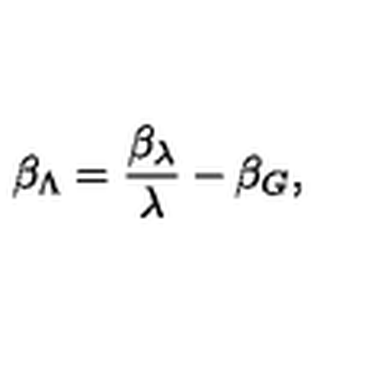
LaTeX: \beta _ { \Lambda } = \frac { \beta _ { \lambda } } { \lambda } - \beta _ { G } ,